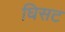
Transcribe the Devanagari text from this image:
घिसट